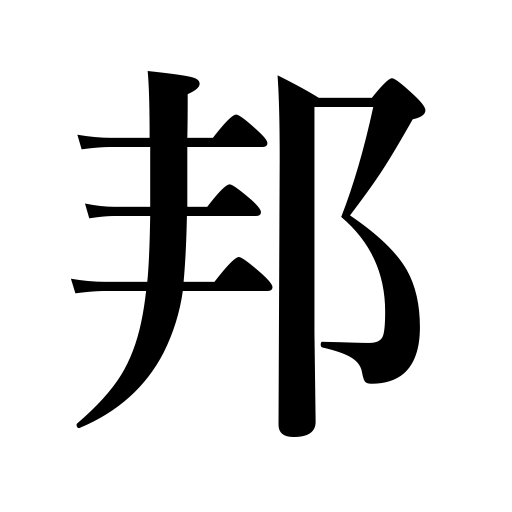
Meanings: country